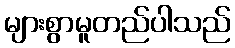
များစွာမူတည်ပါသည်